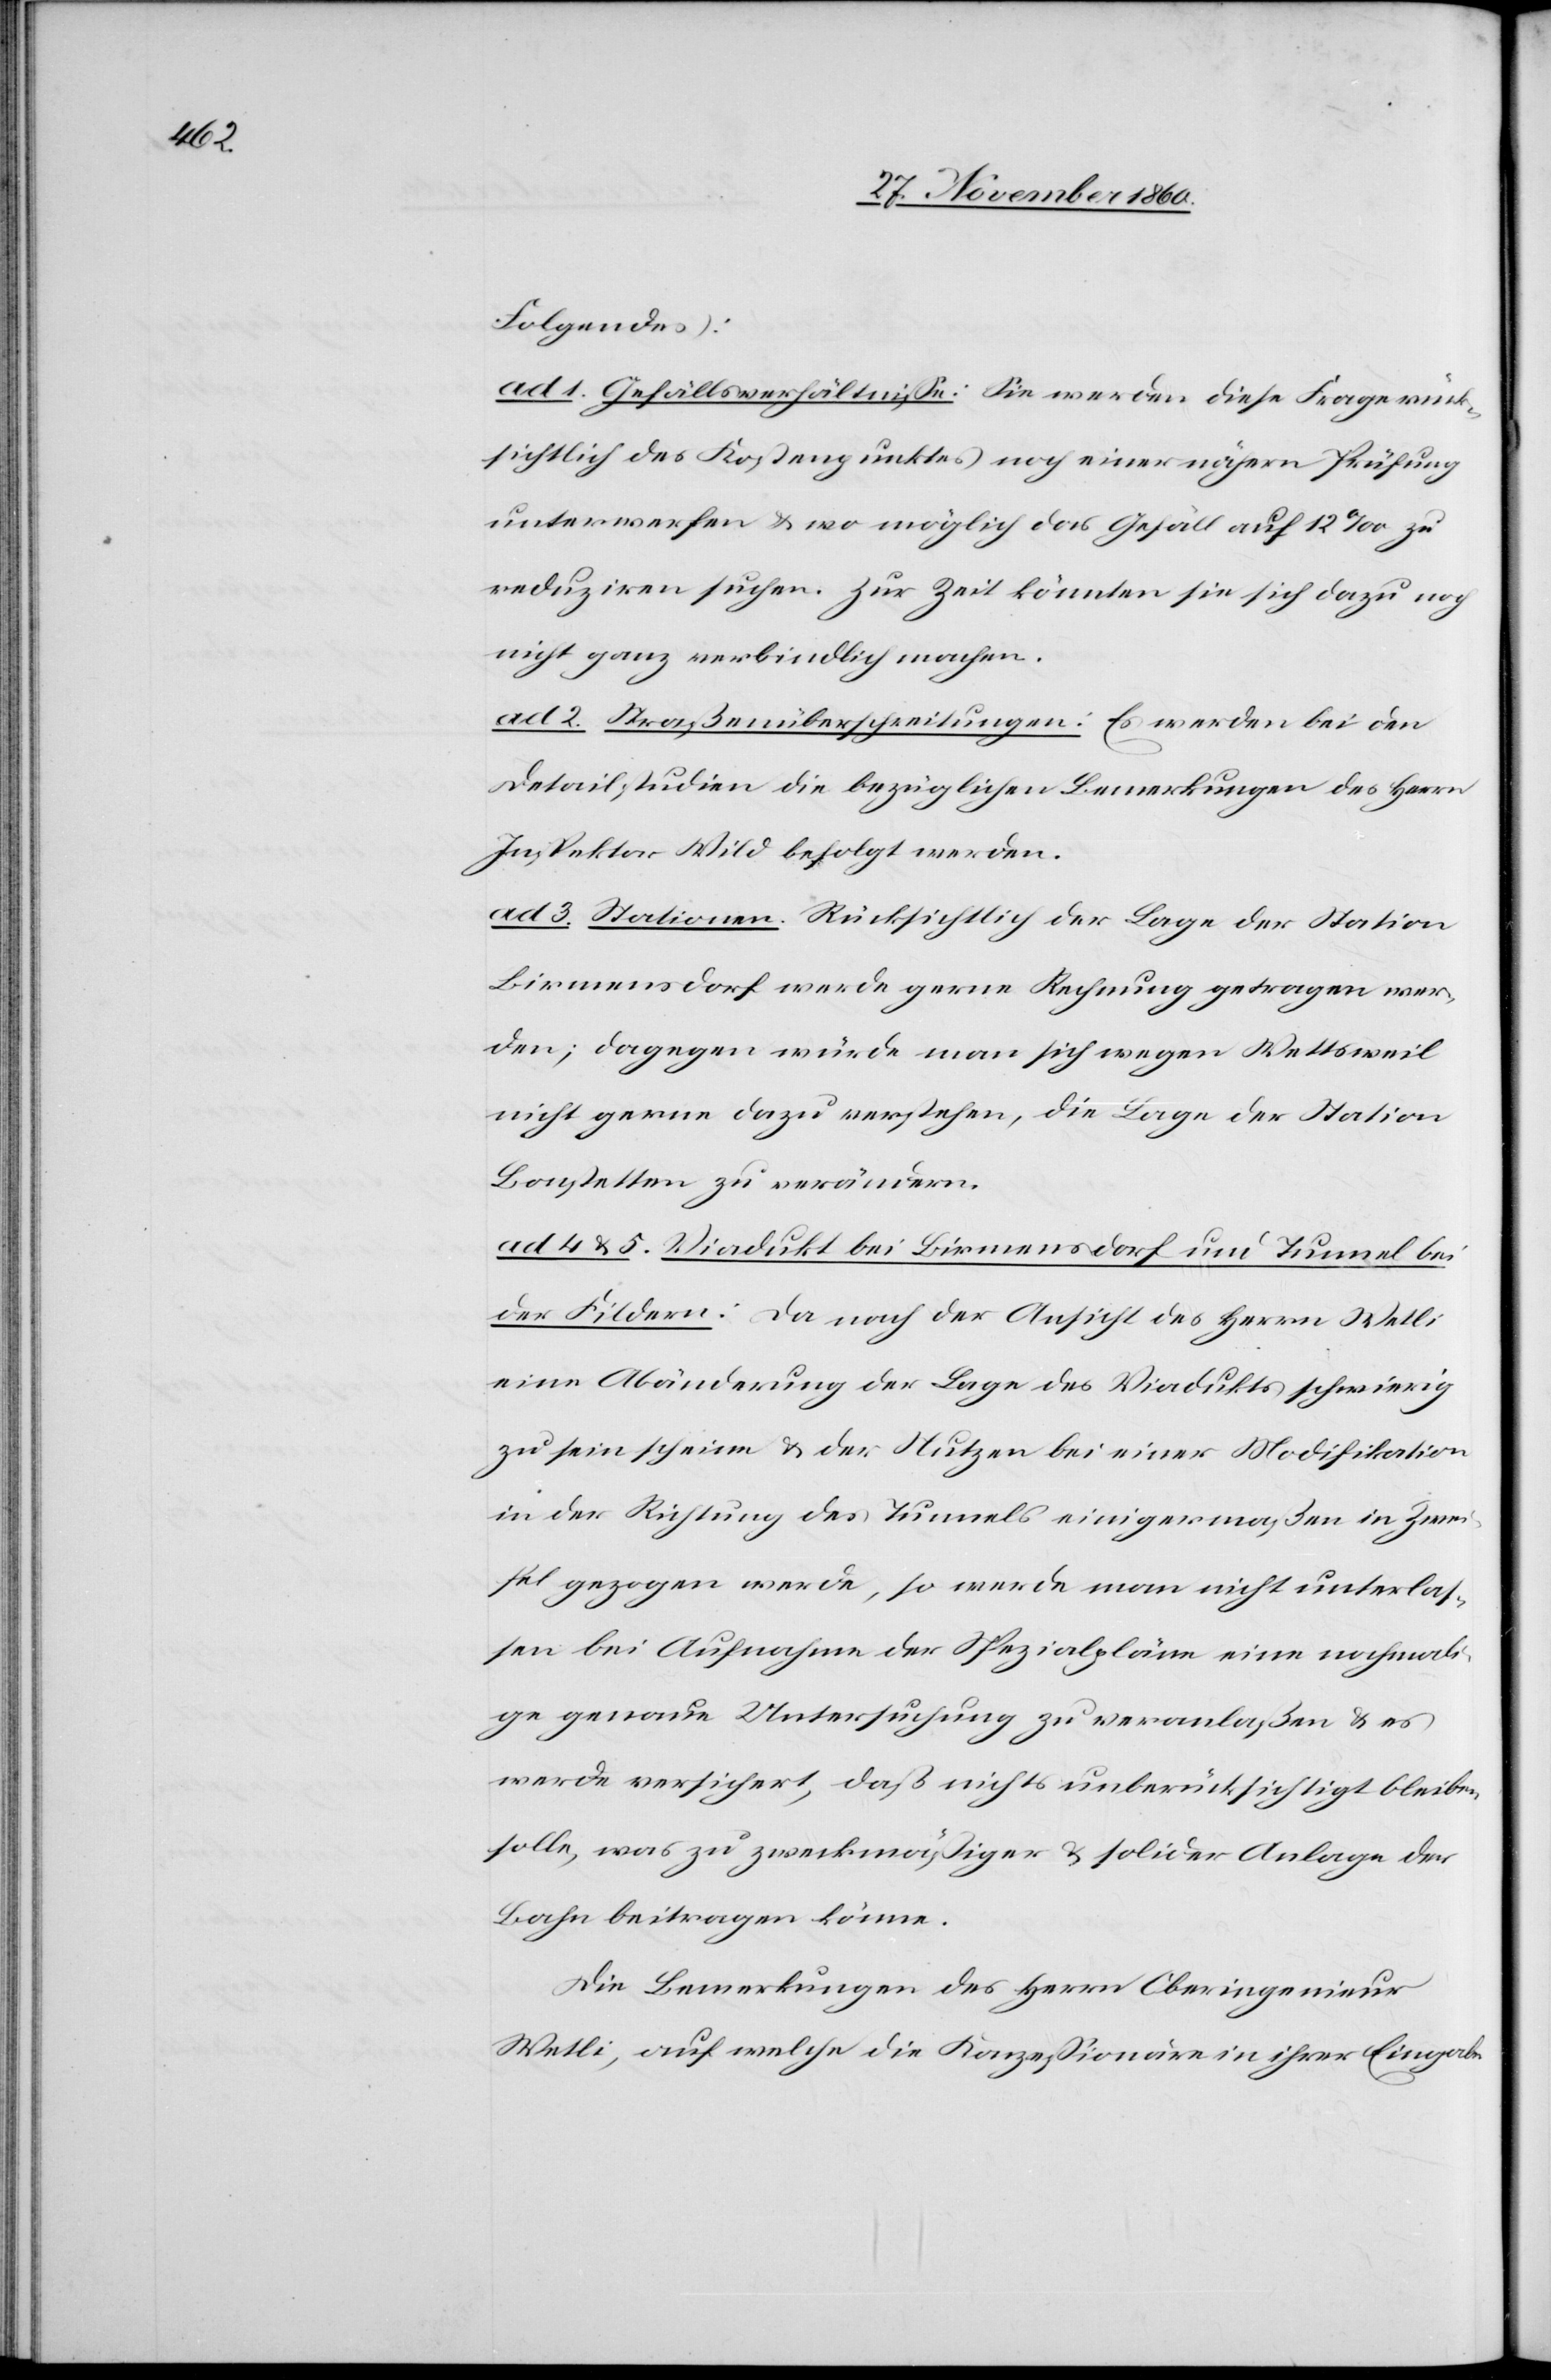
Folgendes:
ad 1. Gefällsverhältnisse: Sie werden diese Frage rück¬
sichtlich des Kostenpunktes noch einer nähern Prüfung
unterwerfen u. wo möglich das Gefäll auf 12‰ zu
reduziren suchen. Zur Zeit könnten sie sich dazu noch
nicht ganz verbindlich machen.
ad 2. Straßenüberschreitungen: Es werden bei den
Detailstudien die bezüglichen Bemerkungen des Herrn
Inspektor Wild befolgt werden.
ad 3. Stationen. Rücksichtlich der Lage der Station
Birmensdorf werde gerne Rechnung getragen wer¬
den; dagegen würde man sich wegen Wettsweil
nicht gerne dazu verstehen, die Lage der Station
Bonstetten zu verändern.
ad 4 u. 5. Viadukt bei Birmensdorf um Tunnel bei
der Fildern: Da nach der Ansicht des Herrn Wetli
eine Abänderung der Lage des Viadukts schwierig
zu sein scheine u. der Nutzen bei einer Modifikation
in der Richtung des Tunnels einigermaßen in Zwei¬
fel gezogen werde, so werde man nicht unterlas¬
sen bei Aufnahme der Spezialpläne eine nochmali¬
ge genaue Untersuchung zu veranlaßen u. es
werde versichert, daß nichts unberücksichtigt bleiben
solle, was zu zweckmäßiger u. solider Anlage der
Bahn beitragen könne.
Die Bemerkungen des Herrn Oberingenieur
Wetli, auf welche die Konzessionäre in ihrer Eingabe